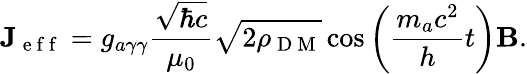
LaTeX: \mathbf{J}_{\mathrm{~e~f~f~}}=g_{a\gamma\gamma}\frac{\sqrt{\hbar c}}{\mu_{0}}\sqrt{2\rho_{\mathrm{~D~M~}}}\cos\left(\frac{m_{a}c^{2}}{h}t\right)\mathbf{B}.